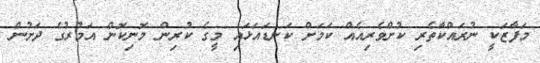
މަފާޒަކީ ނުރައްކާތެރި ކުށްވެރިއެއް ކަމަށް ކަނޑައަޅައި މީގެ ކުރިން މޮނިކޮން އަމުރުގެ ދަށުން